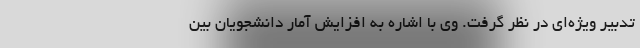
تدبیر ویژه‌ای در نظر گرفت. وی با اشاره به افزایش آمار دانشجویان بین